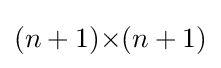
(n+1){\times }(n+1)